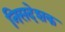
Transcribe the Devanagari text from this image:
निसदेशक